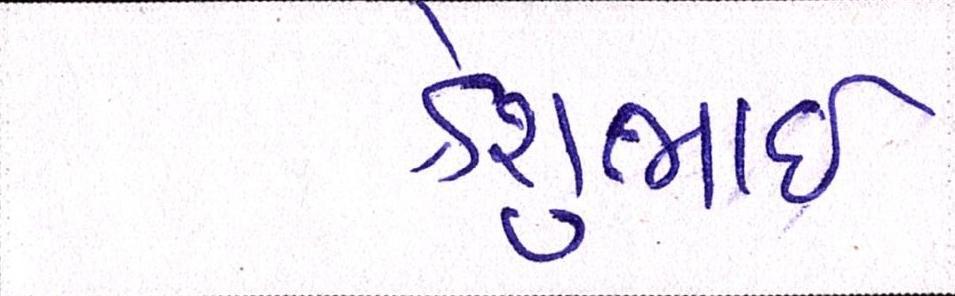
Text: કેશુભાઈ